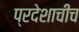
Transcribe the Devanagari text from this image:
प्रदेशाचीच